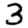
Digit: 3